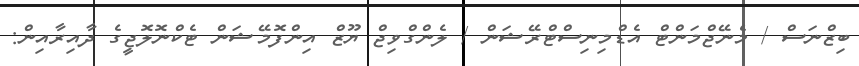
ބިޒްނަސް / މެނޭޖްމަންޓް އެޑްމިނިސްޓްރޭޝަން / ލެންގްވިޖް ޔޫޒް އިންފޮމޭޝަން ޓެކްނޮލޮޖީގެ ދާއިރާއިން: